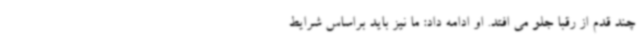
چند قدم از رقبا جلو می افتد. او ادامه داد: ما نیز باید براساس شرایط